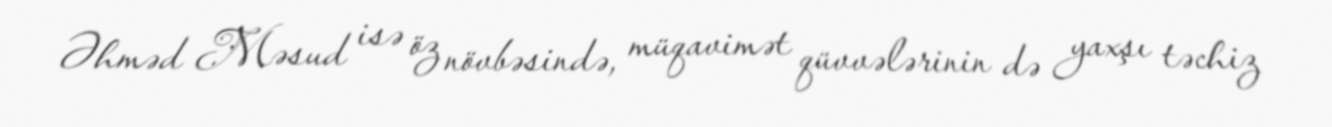
Əhməd Məsud isə öz növbəsində, müqavimət qüvvələrinin də yaxşı təchiz